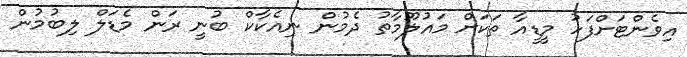
އިވެންޓަށްފަހު މީޑީއާ ތަކަށް މައުލޫމާތު ދެމުން ނިއެކާކް ބުނީ ރަން މެޑަލް ލިބުމުން